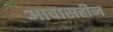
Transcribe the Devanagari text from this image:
आवासहीन